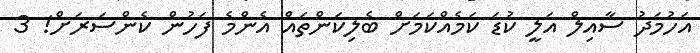
އަހުމަދު ސާއިލް އަލީ ކުޑަ ކަމެއްކަމަށް ބެލިކަންތައް އެންމެ ފަހުން ކެންސަރަށް! 3